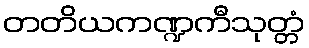
တတိယကဏ္ဍကီသုတ္တံ